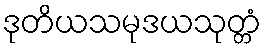
ဒုတိယသမုဒယသုတ္တံ